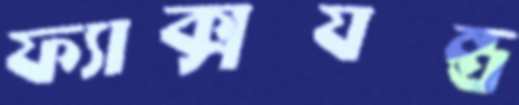
ফ্যাক্সযন্ত্র